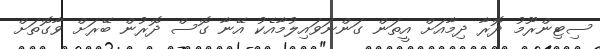
ސިޓިންރޫމު ދޮރާ ދިމާއަށް އީތަން ގަންނަވައިލުމާއެކު އޭނާ ގޮސް ދޮރުން ބޭރަށް ވާގޮތަށް